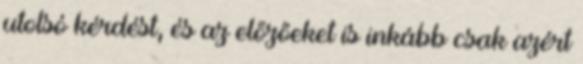
utolsó kérdést, és az előzőeket is inkább csak azért